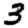
Digit: 3